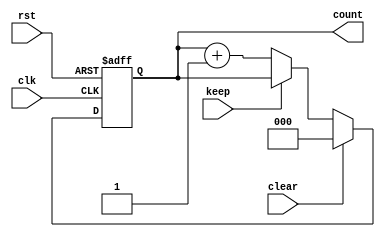
module counter(
	clk,
	rst,
	count,
	clear,
	keep
);
	input               clk;
	input               rst;
	input               keep;
	input               clear;
	output reg        [2:0]   count;
	reg        [2:0]   count_in;
	always@(posedge clk or posedge rst)
	begin
		if(rst)
		begin
			count<=3'd0;
		end
		else
		begin
			count<=count_in;
		end

	end
	always@(*)
	begin
		if(clear)
		begin
			count_in=3'd0;
		end
		else if(keep)
		begin
			count_in=count;
		end
		else
		begin
			count_in=count+3'd1;
		end
	end
endmodule